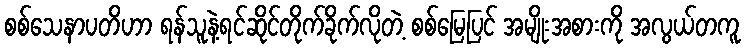
စစ်သေနာပတိဟာ ရန်သူနဲ့ရင်ဆိုင်တိုက်ခိုက်လိုတဲ့ စစ်မြေပြင် အမျိုးအစားကို အလွယ်တကူ